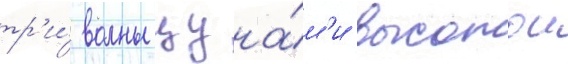
тр'и́ волны цуна́м'и высотои